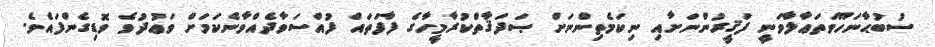
ސުބުޙާނަހޫވަތަޢާލާވަނީ ފަޤީރުންނަށާއި ނިކަމެތިންނަށް ޞަދަޤާތްކުރާމީހާގެ ފާފަތައް ފުއްސަވާދެއްވާނެކަމަށް ވަޢުދުވެ ވޮޑިގެންފައެވެ.